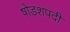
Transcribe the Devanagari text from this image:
षोडशपदी